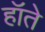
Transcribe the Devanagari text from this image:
हॉते